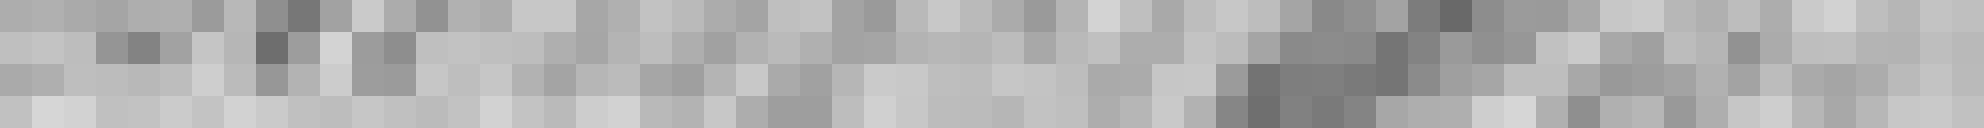
supplémentaire ?